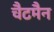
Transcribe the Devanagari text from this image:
चैटमैन